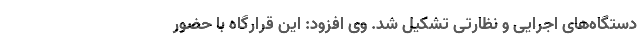
دستگاه‌های اجرایی و نظارتی تشکیل شد. وی افزود: این قرارگاه با حضور